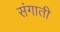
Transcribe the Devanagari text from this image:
संगाती